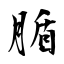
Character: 腯